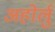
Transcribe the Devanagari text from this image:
अहोर्लु